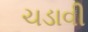
ચડાવી